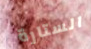
الستارة